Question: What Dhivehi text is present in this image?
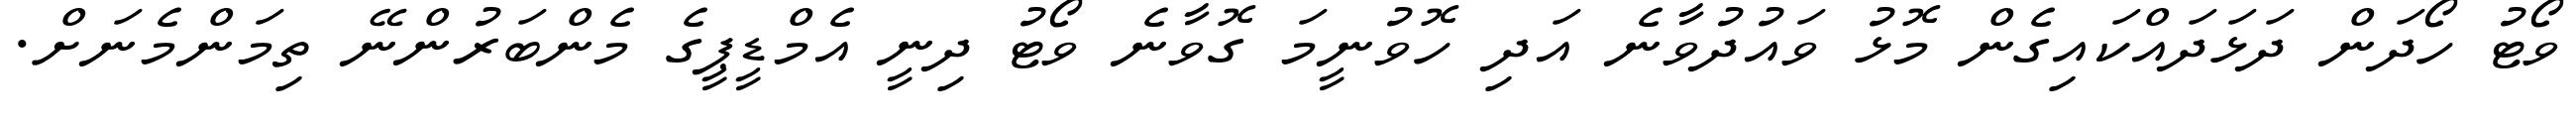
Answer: ވޯޓު ހޯދަން ދަޅަދައްކައިގެން މޮޅު ވައުދުވާނެ އަދި ހޮވުނީމަ ގޮވާނެ ވޯޓު ދިނީ އެމްޑީޕީގެ މެންބަރުންނޭ ތިމަންމެނަށް.